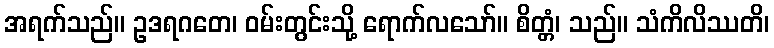
အရက်သည်။ ဥဒရဂတေ၊ ဝမ်းတွင်းသို့ ရောက်လသော်။ စိတ္တံ၊ သည်။ သံကိလိဿတိ၊